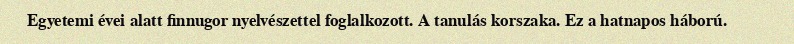
Egyetemi évei alatt finnugor nyelvészettel foglalkozott. A tanulás korszaka. Ez a hatnapos háború.